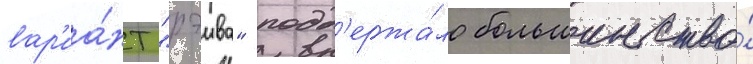
вар'иа́нт "рэива" подд'ержа́ло большинство́